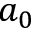
a _ { 0 }